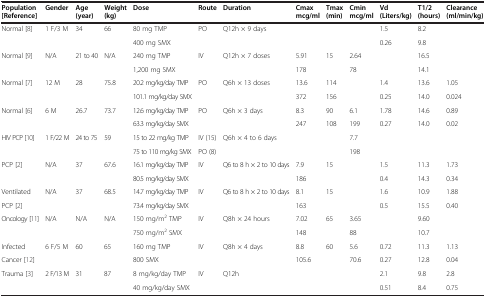
<table><thead><tr><td><b>Population [Reference]</b></td><td><b>Gender</b></td><td><b>Age (year)</b></td><td><b>Weight (kg)</b></td><td><b>Dose</b></td><td><b>Route</b></td><td><b>Duration</b></td><td><b>Cmax mcg/ml</b></td><td><b>Tmax (min)</b></td><td><b>Cmin mcg/ml</b></td><td><b>Vd (Liters/kg)</b></td><td><b>T1/2 (hours)</b></td><td><b>Clearance (ml/min/kg)</b></td></tr></thead><tbody><tr><td>Normal [8]</td><td>1 F/3 M</td><td>34</td><td>66</td><td>80 mg TMP</td><td>PO</td><td rowspan="2">Q12h × 9 days</td><td> </td><td> </td><td> </td><td>1.5</td><td>8.2</td><td> </td></tr><tr><td> </td><td> </td><td> </td><td> </td><td>400 mg SMX</td><td> </td><td> </td><td> </td><td> </td><td>0.26</td><td>9.8</td><td> </td></tr><tr><td>Normal [9]</td><td>N/A</td><td>21 to 40</td><td>N/A</td><td>240 mg TMP</td><td>IV</td><td rowspan="2">Q12h × 7 doses</td><td>5.91</td><td>15</td><td>2.64</td><td> </td><td>16.5</td><td> </td></tr><tr><td> </td><td> </td><td> </td><td> </td><td>1,200 mg SMX</td><td> </td><td>178</td><td> </td><td>78</td><td> </td><td>14.1</td><td> </td></tr><tr><td>Normal [7]</td><td>12 M</td><td>28</td><td>75.8</td><td>20.2 mg/kg/day TMP</td><td>PO</td><td rowspan="2">Q6h × 13 doses</td><td>13.6</td><td>114</td><td> </td><td>1.4</td><td>13.6</td><td>1.05</td></tr><tr><td> </td><td> </td><td> </td><td> </td><td>101.1 mg/kg/day SMX</td><td> </td><td>372</td><td>156</td><td> </td><td>0.25</td><td>14.0</td><td>0.024</td></tr><tr><td>Normal [6]</td><td>6 M</td><td>26.7</td><td>73.7</td><td>12.6 mg/kg/day TMP</td><td>PO</td><td rowspan="2">Q6h × 3 days</td><td>8.3</td><td>90</td><td>6.1</td><td>1.78</td><td>14.6</td><td>0.89</td></tr><tr><td> </td><td> </td><td> </td><td> </td><td>63.3 mg/kg/day SMX</td><td> </td><td>247</td><td>108</td><td>199</td><td>0.27</td><td>14.0</td><td>0.02</td></tr><tr><td>HIV PCP [10]</td><td>1 F/22 M</td><td>24 to 75</td><td>59</td><td>15 to 22 mg/kg TMP</td><td>IV (15)</td><td rowspan="2">Q6h × 4 to 6 days</td><td> </td><td> </td><td>7.7</td><td> </td><td> </td><td> </td></tr><tr><td> </td><td> </td><td> </td><td> </td><td>75 to 110 mg/kg SMX</td><td>PO (8)</td><td> </td><td> </td><td>198</td><td> </td><td> </td><td> </td></tr><tr><td>PCP [2]</td><td>N/A</td><td>37</td><td>67.6</td><td>16.1 mg/kg/day TMP</td><td>IV</td><td rowspan="2">Q6 to 8 h × 2 to 10 days</td><td>7.9</td><td>15</td><td> </td><td>1.5</td><td>11.3</td><td>1.73</td></tr><tr><td> </td><td> </td><td> </td><td> </td><td>80.5 mg/kg/day SMX</td><td> </td><td>186</td><td> </td><td> </td><td>0.4</td><td>14.3</td><td>0.34</td></tr><tr><td>Ventilated</td><td>N/A</td><td>37</td><td>68.5</td><td>14.7 mg/kg/day TMP</td><td>IV</td><td rowspan="2">Q6 to 8 h × 2 to 10 days</td><td>8.1</td><td>15</td><td> </td><td>1.6</td><td>10.9</td><td>1.88</td></tr><tr><td>PCP [2]</td><td> </td><td> </td><td> </td><td>73.4 mg/kg/day SMX</td><td> </td><td>163</td><td> </td><td> </td><td>0.5</td><td>15.5</td><td>0.40</td></tr><tr><td>Oncology [11]</td><td>N/A</td><td>N/A</td><td>N/A</td><td>150 mg/m<sup>2</sup> TMP</td><td>IV</td><td rowspan="2">Q8h × 24 hours</td><td>7.02</td><td>65</td><td>3.65</td><td> </td><td>9.60</td><td> </td></tr><tr><td> </td><td> </td><td> </td><td> </td><td>750 mg/m<sup>2</sup> SMX</td><td> </td><td>148</td><td> </td><td>88</td><td> </td><td>10.7</td><td> </td></tr><tr><td>Infected</td><td>6 F/5 M</td><td>60</td><td>65</td><td>160 mg TMP</td><td>IV</td><td rowspan="2">Q8h × 4 days</td><td>8.8</td><td>60</td><td>5.6</td><td>0.72</td><td>11.3</td><td>1.13</td></tr><tr><td>Cancer [12]</td><td> </td><td> </td><td> </td><td>800 SMX</td><td> </td><td>105.6</td><td> </td><td>70.6</td><td>0.27</td><td>12.8</td><td>0.04</td></tr><tr><td>Trauma [3]</td><td>2 F/13 M</td><td>31</td><td>87</td><td>8 mg/kg/day TMP</td><td>IV</td><td rowspan="2">Q12h</td><td> </td><td> </td><td> </td><td>2.1</td><td>9.8</td><td>2.8</td></tr><tr><td> </td><td> </td><td> </td><td> </td><td>40 mg/kg/day SMX</td><td> </td><td> </td><td> </td><td> </td><td>0.51</td><td>8.4</td><td>0.75</td></tr></tbody></table>